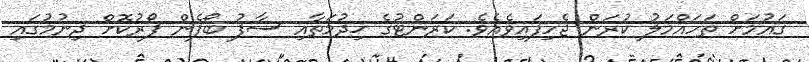
ގައުމަށް ތަހައްމަލު ކުރަން ޖެހިފައިވެއެވެ. ކަރަންޓުގެ ޚިދުމަތާއި ސާފު ބޯފެން ފޯރުކޮށް ދިނުމުގައި